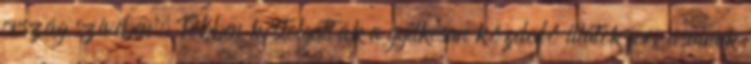
ország szívében. Többen kóstolgatták a gyilkosan közeledő illatok forrásainak